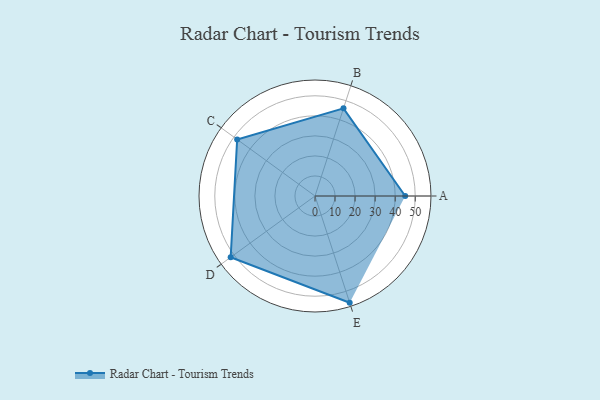
{"axis": {"x": "Skill", "y": "Score"}, "legend": ["Profile"], "data": [{"x": "A", "y": 45.0, "type": "Profile"}, {"x": "B", "y": 46.0, "type": "Profile"}, {"x": "C", "y": 48.0, "type": "Profile"}, {"x": "D", "y": 52.0, "type": "Profile"}, {"x": "E", "y": 56.0, "type": "Profile"}]}